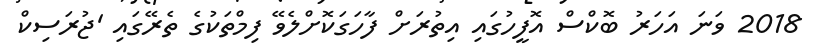
2018 ވަނަ އަހަރު ބޮކްސް އޮފީހުގައި އިތުރަށް ފާހަގަކޮށްލެވޭ ފިމްތަކުގެ ތެރޭގައި 'ޖުރަސިކް